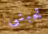
تحبنى